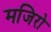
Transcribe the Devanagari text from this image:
मजिरो